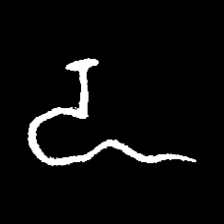
Pyu character \u2014 Myanmar letter: ဍ (romanized: dda)